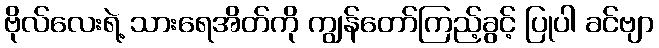
ဗိုလ်လေးရဲ့ သားရေအိတ်ကို ကျွန်တော်ကြည့်ခွင့် ပြုပါ ခင်ဗျာ